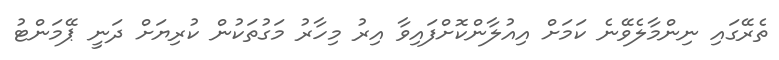
ތެރޭގައި ނިންމާލެވޭނެ ކަމަށް އިއުލާންކޮށްފައިވާ އިރު މިހާރު މަގުތަކުން ކުރިޔަށް ދަނީ ޕޭމަންޓު